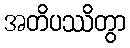
အတိပဿိတွာ